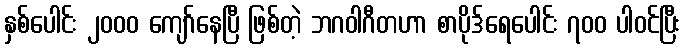
နှစ်ပေါင်း ၂၀၀၀ ကျော်နေပြီ ဖြစ်တဲ့ ဘဂဝါဂီတဟာ စာပိုဒ်ရေပေါင်း ၇၀၀ ပါဝင်ပြီး